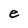
Character: e